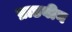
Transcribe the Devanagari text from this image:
ब्राडबीन